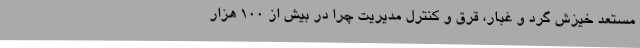
مستعد خیزش گرد و غبار، قرق و کنترل مدیریت چرا در بیش از 100 هزار